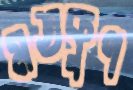
মতকুণ